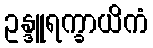
ဥန္ဒူရက္ခာယိကံ